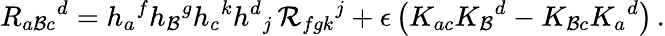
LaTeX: R_{a\mathcal{B}c}{}^{d}=h_{a}{}^{f}h_{\mathcal{B}}{}^{g}h_{c}{}^{k}h^{d}{}_{j}\, {\mathcal{R}}_{fgk}{}^{j}+\epsilon\left(K_{ac}K_{\mathcal{B}}{}^{d}-K_{\mathcal{B}c}K_{a}{}^{d}\right)\, .